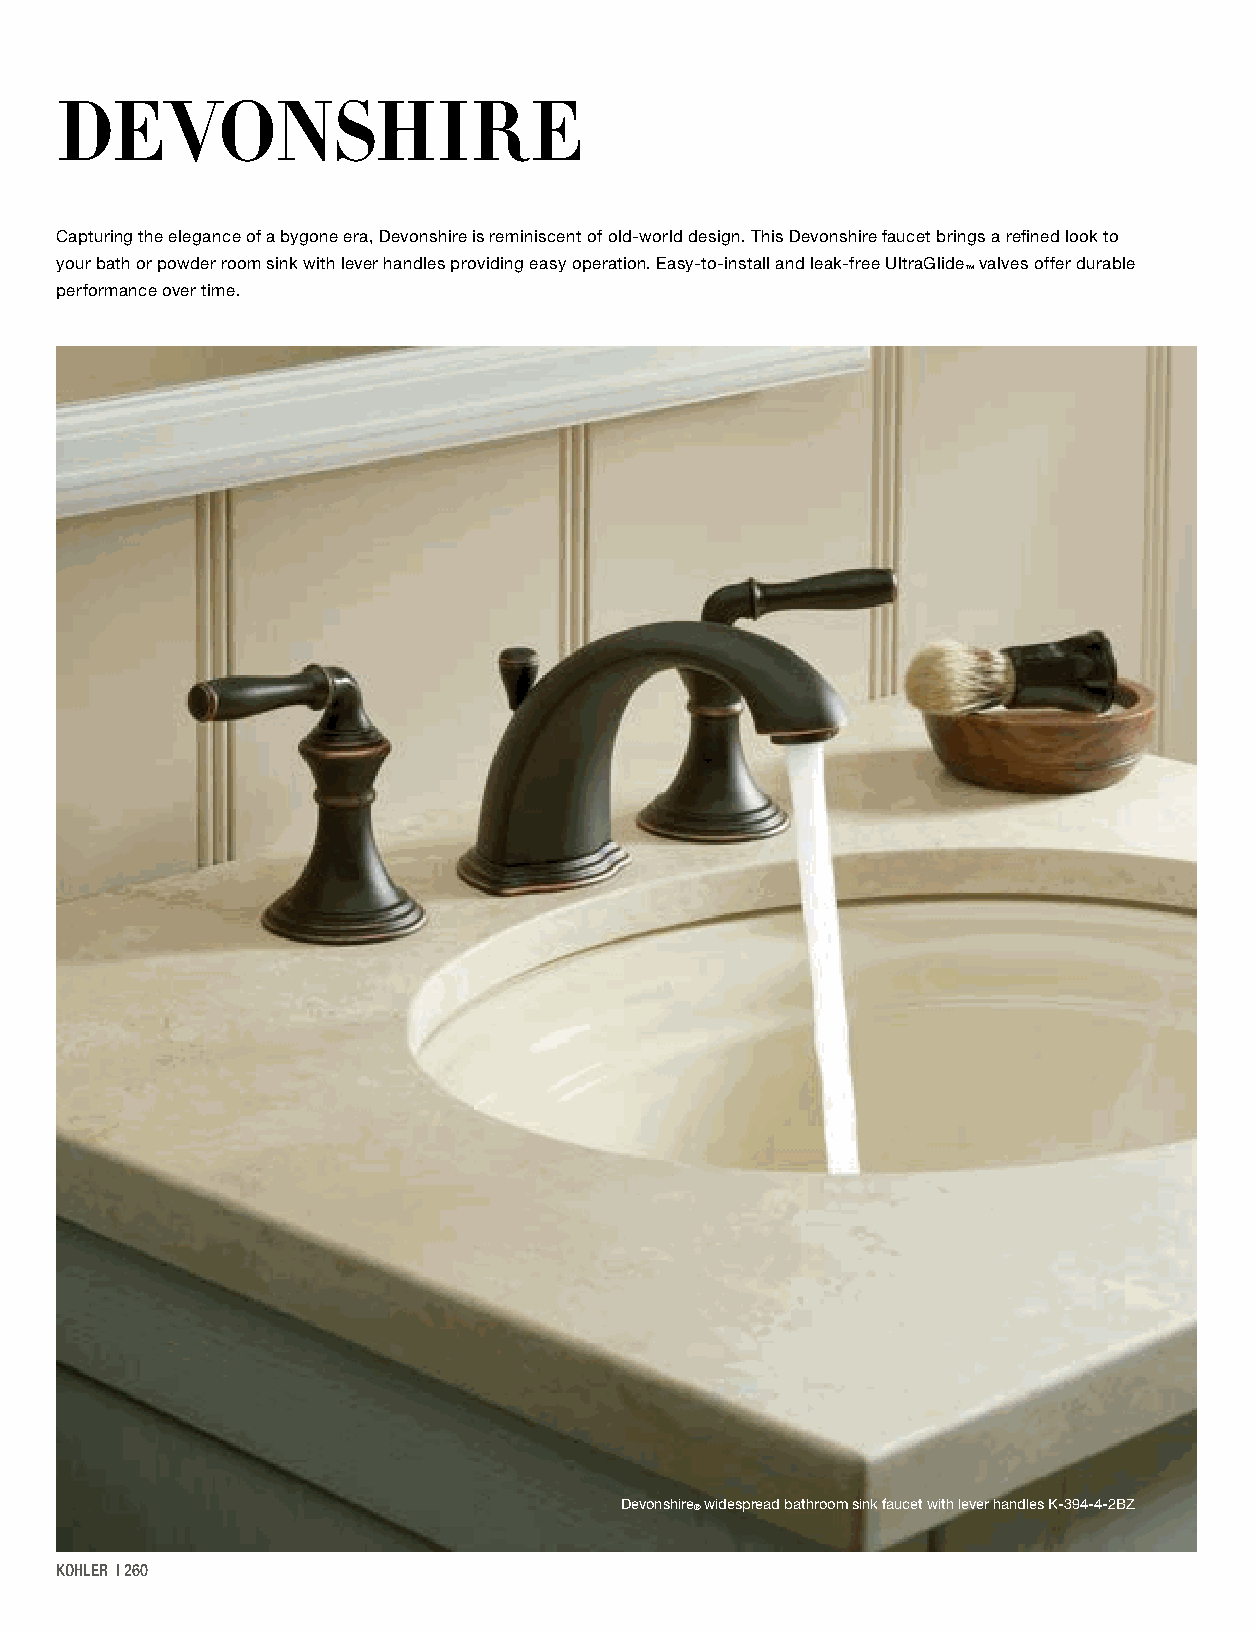
DEVONSHIRE
 Capturing the elegance of a bygone era, Devonshire is reminiscent of old-world design. This Devonshire faucet brings a refined look to
 your bath or powder room sink with lever handles providing easy operation. Easy-to-install and leak-free UltraGlide valves offer durable
 ™
 performance over time.
 Devonshire® widespread bathroom sink faucet with lever handles K-394-4-2BZ
 KOHLER | 260